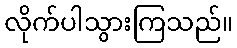
လိုက်ပါသွားကြသည်။